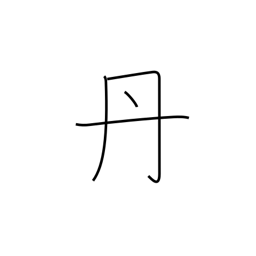
Meaning: rust-colored